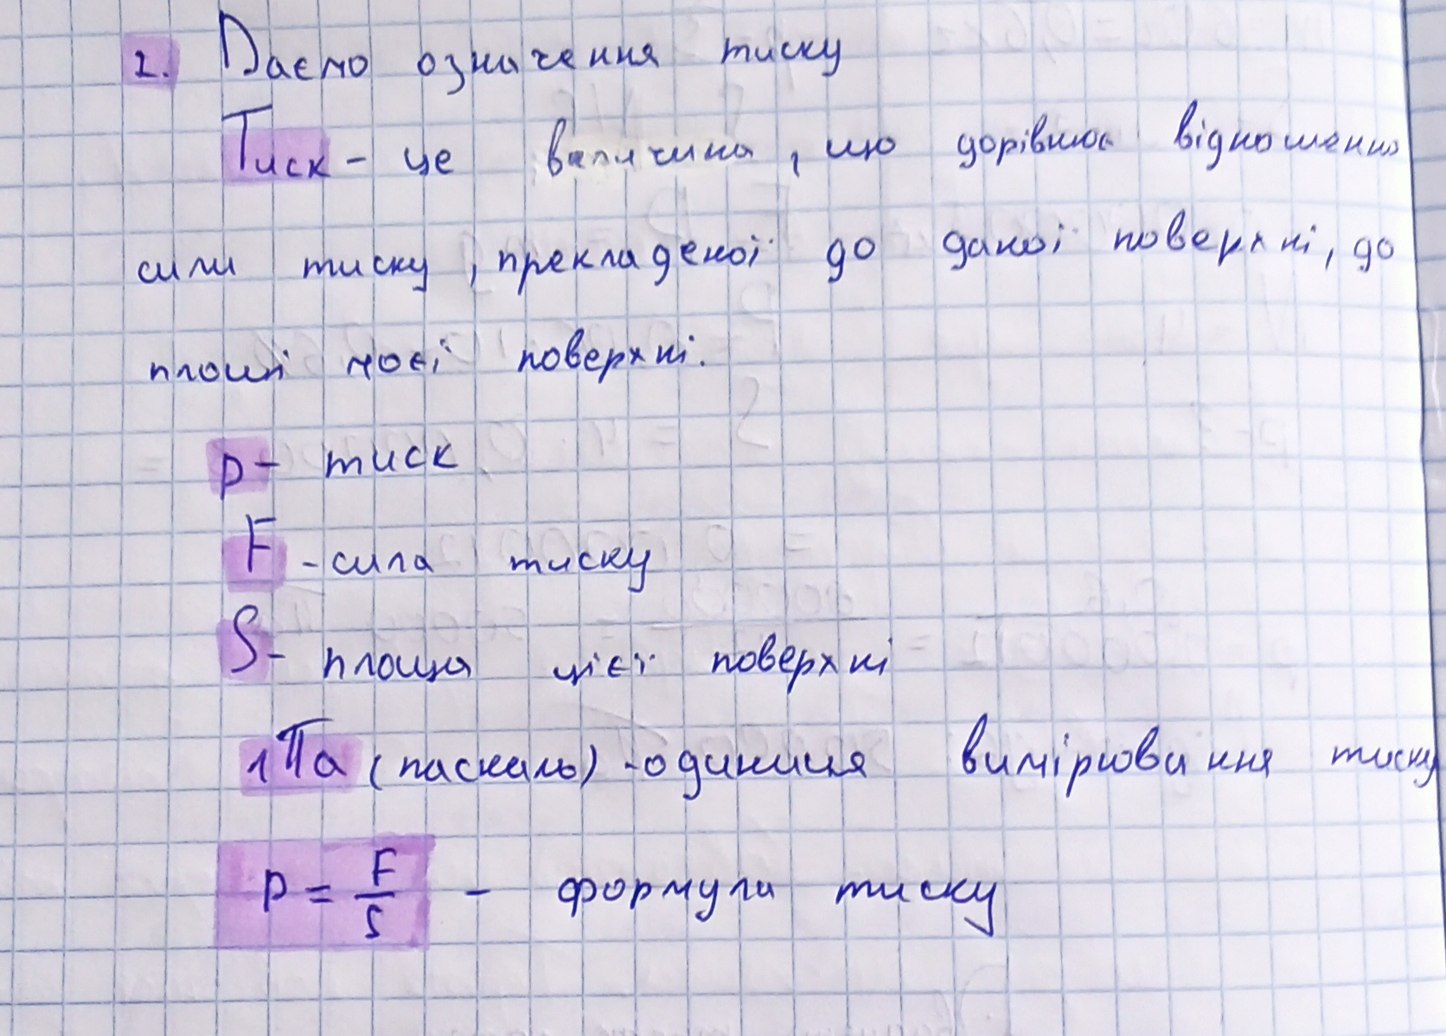
2. Даємо означення тиску
Тиск - це величина, що дорівнює відношенню
сили тиску, прикладеної до даної поверхні, до
площі цієї поверхні.
p-тиск
F - сила тиску
S- площа цієї поверхні
1 Па (паскаль) - одиниця вимірювання тиску
p = \frac{F}{S} - формули тиску